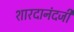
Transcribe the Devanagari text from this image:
शारदानंदजी